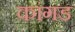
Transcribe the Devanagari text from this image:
कांगड